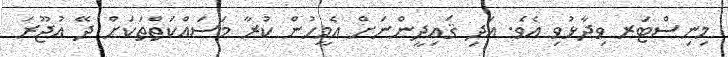
މިނިސްޓަރ ވިދާޅުވި އެވެ. އަދި ޤައިދީންނަށް އެމީހުން ކުރާ މަސައްކަތްތަކަށް ދޭ އުޖޫރަ